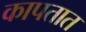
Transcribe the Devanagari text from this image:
कापतात